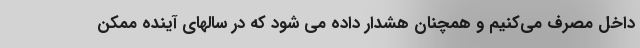
داخل مصرف می‌کنیم و همچنان هشدار داده می شود که در سالهای آینده ممکن